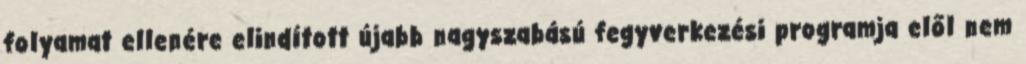
folyamat ellenére elindított újabb nagyszabású fegyverkezési programja elől nem